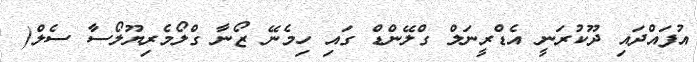
އުފައްދައި ދޫކުރަނީ އެޑްރީނަލް ގްލޭންޑް ގައި ހިމެނޭ ޒޯނާ ގްލޯމެރިޔޫލޯސާ ސެލް(